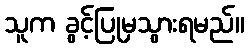
သူက ခွင့်ပြုမှသွားရမည်။